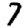
Digit: 7